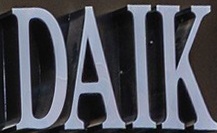
DAIK